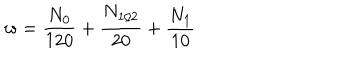
w = \frac { N _ { 0 } } { 1 2 0 } + \frac { N _ { 1 / 2 } } { 2 0 } + \frac { N _ { 1 } } { 1 0 }